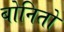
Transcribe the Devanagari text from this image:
बोनितो